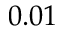
0 . 0 1